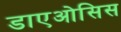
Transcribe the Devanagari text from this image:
डाएओसिस